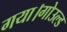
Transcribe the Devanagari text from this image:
गया।गोउल्‍ड